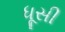
ધૂસી